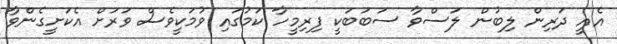
އެއީ ދަރިން ލިބުން ލަސްވާ ސަބަބަކީ ފިރިމީހާ ކަމުގައި ވުމަކީވެސް ވަރަށް އެކަށީގެންވާ